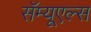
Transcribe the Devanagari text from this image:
सॅम्यूएल्स